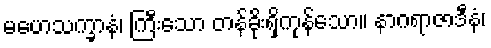
မဟေသက္ခာနံ၊ ကြီးသော တန်ခိုးရှိကုန်သော။ နာဂရာဇာဒီနံ၊